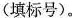
(填标号)。